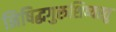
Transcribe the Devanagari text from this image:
निषिद्धगुरुशिष्यस्तु